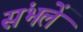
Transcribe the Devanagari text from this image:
संभलें